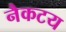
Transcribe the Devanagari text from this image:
नैकटय